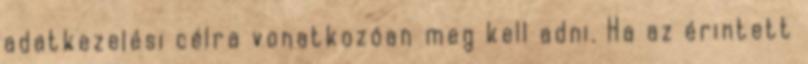
adatkezelési célra vonatkozóan meg kell adni. Ha az érintett